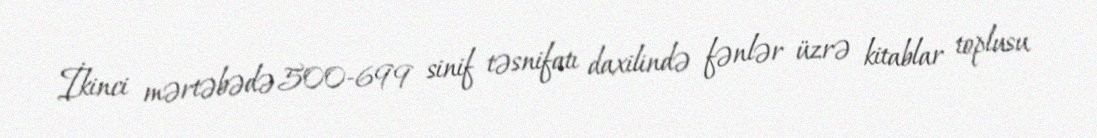
İkinci mərtəbədə 500-699 sinif təsnifatı daxilində fənlər üzrə kitablar toplusu